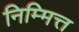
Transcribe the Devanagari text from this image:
निम्मित्त